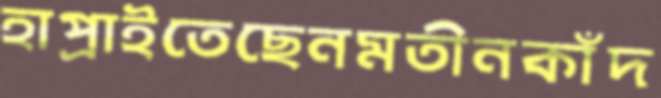
হাপ্‌রাইতেছেনমতীনকাঁদ